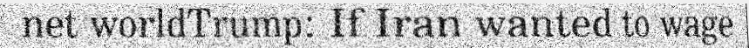
net worldTrump: If Iran wanted to wage